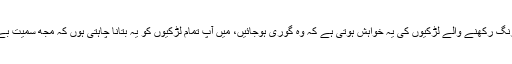
شنیرا اکرم نے اپنے انسٹاگرام اکاونٹ پر ایک طویل پوسٹ شیئر کی جس میں انہوں نے لکھا کہ گندمی رنگ رکھنے والے لڑکیوں کی یہ خواہش ہوتی ہے کہ وہ گوری ہوجائیں، میں آپ تمام لڑکیوں کو یہ بتانا چاہتی ہوں کہ مجھ سمیت بے شمار گوری رنگت رکھنے والی لڑکیوں کی یہ خواہش ہوتی ہے کہ ان کا رنگ آپ کی طرح گندمی ہو۔